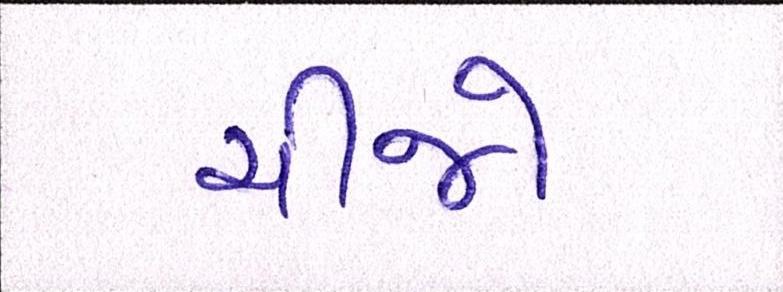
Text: ચીજો